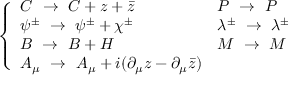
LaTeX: \left\{ \begin{array} { l l } { { C \ \to \ C + z + \bar { z } } } & { { P \ \to \ P } } \\ { { \psi ^ { \pm } \ \to \ \psi ^ { \pm } + \chi ^ { \pm } } } & { { \lambda ^ { \pm } \ \to \ \lambda ^ { \pm } } } \\ { { B \ \to \ B + H } } & { { M \ \to \ M } } \\ { { A _ { \mu } \ \to \ A _ { \mu } + i ( \partial _ { \mu } z - \partial _ { \mu } \bar { z } ) } } & { { } } \end{array} \right.